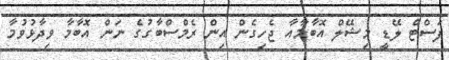
ފަސްޓް ލޭޑީ މިޝޭލް އޮބާމާއާ ޖެހިގެން އިން ރެމްސްބާގުގެ ނަން އޮބާމާ ވިދާޅުވުމާ